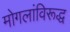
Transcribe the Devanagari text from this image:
मोगलांविरूद्ध